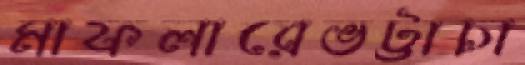
মাফলারেভট্টাচা